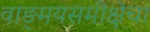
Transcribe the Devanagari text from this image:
वाङ्‌मयसमीक्षेचा